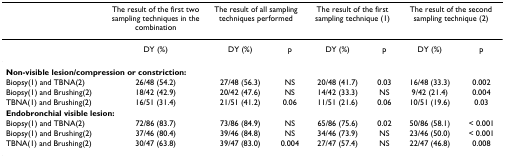
|  | The result of the first two sampling techniques in the combination | <COLSPAN=2> The result of all sampling techniques performed | <COLSPAN=2> The result of the first sampling technique (1) | <COLSPAN=2> The result of the second sampling technique (2) |
 | --- | --- | --- | --- | --- | --- | --- | --- |
 |  | DY (%) | DY (%) | p | DY (%) | p | DY (%) | p |
 | <COLSPAN=8> Non-visible lesion/compression or constriction: |
 | Biopsy(1) and TBNA(2) | 26/48 (54.2) | 27/48 (56.3) | NS | 20/48 (41.7) | 0.03 | 16/48 (33.3) | 0.002 |
 | Biopsy(1) and Brushing(2) | 18/42 (42.9) | 20/42 (47.6) | NS | 14/42 (33.3) | NS | 9/42 (21.4) | 0.004 |
 | TBNA(1) and Brushing(2) | 16/51 (31.4) | 21/51 (41.2) | 0.06 | 11/51 (21.6) | 0.06 | 10/51 (19.6) | 0.03 |
 | <COLSPAN=8> Endobronchial visible lesion: |
 | Biopsy(1) and TBNA(2) | 72/86 (83.7) | 73/86 (84.9) | NS | 65/86 (75.6) | 0.02 | 50/86 (58.1) | < 0.001 |
 | Biopsy(1) and Brushing(2) | 37/46 (80.4) | 39/46 (84.8) | NS | 34/46 (73.9) | NS | 23/46 (50.0) | < 0.001 |
 | TBNA(1) and Brushing(2) | 30/47 (63.8) | 39/47 (83.0) | 0.004 | 27/47 (57.4) | NS | 22/47 (46.8) | 0.008 |